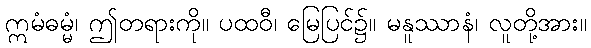
ဣမံဓမ္မံ၊ ဤတရားကို။ ပထဝီ၊ မြေပြင်၌။ မနူဿာနံ၊ လူတို့အား။